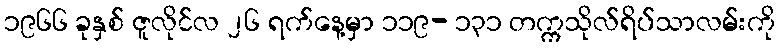
၁၉၆၆ ခုနှစ် ဇူလိုင်လ ၂၆ ရက်နေ့မှာ ၁၁၉- ၁၃၁ တက္ကသိုလ်ရိပ်သာလမ်းကို